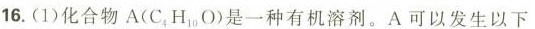
16.(1)化合物A(C_{4}H_{10}O)是一种有机溶剂。A可以发生以下